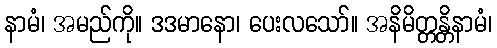
နာမံ၊ အမည်ကို။ ဒဒမာနော၊ ပေးလသော်။ အနိမိတ္တန္တိနာမံ၊